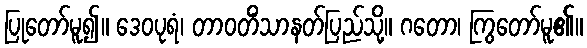
ပြုတော်မူ၍။ ဒေဝပုရံ၊ တာဝတိံသာနတ်ပြည်သို့။ ဂတော၊ ကြွတော်မူ၏။